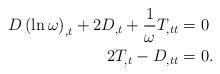
LaTeX: \begin{align*}D\left( \ln\omega\right) _{,t}+2D_{,t}+\frac{1}{\omega}T_{,tt} &=0\\2T_{,t}-D_{,tt} & =0. \end{align*}